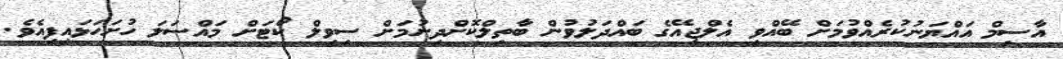
އާސިމް އައްޔަނުކުރެއްވުމަށް ބޭއްވި އެލްޖީއޭގެ ބައްދަލުވުން ބާތިލްކޮށްދިނުމަށް ސިވިލް ކޯޓަށް މައްސަލަ ހުށަހަޅައިފިއެވެ.